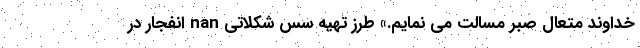
خداوند متعال صبر مسالت می نمایم.» طرز تهیه سس شکلاتی nan انفجار در